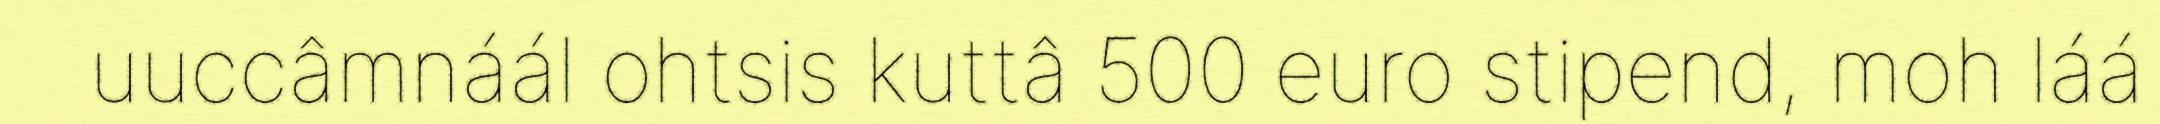
uuccâmnáál ohtsis kuttâ 500 euro stipend, moh láá